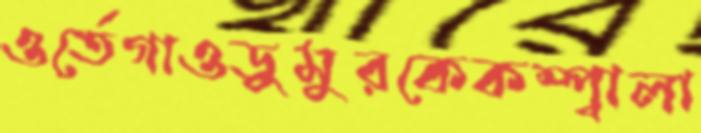
ওর্তেগাওডুমুরকেকম্প্বালা